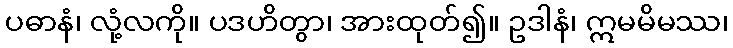
ပဓာနံ၊ လုံ့လကို။ ပဒဟိတွာ၊ အားထုတ်၍။ ဥဒါနံ၊ ဣမမိမဿ၊